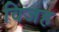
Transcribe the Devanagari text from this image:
विजह